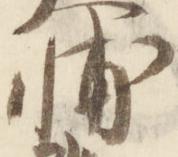
輔